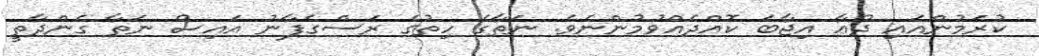
ކުރަމުންއައި ދުޢާ އިޖާބަ ކޮއްދެއްވުމުންނެވެ. ނަތާގެ ހިތުގެ ރަސްގެފާނު އައިސް ނަތާ ގެންދާތީ